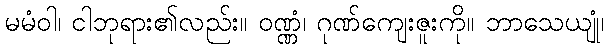
မမံဝါ၊ ငါဘုရား၏လည်း။ ဝဏ္ဏံ၊ ဂုဏ်ကျေးဇူးကို။ ဘာသေယျုံ၊